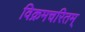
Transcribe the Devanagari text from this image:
विक्रमचरितम्